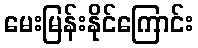
မေးမြန်းနိုင်ကြောင်း